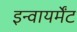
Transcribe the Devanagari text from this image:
इन्वायर्मेंट